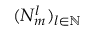
( N _ { m } ^ { l } ) _ { l \in \mathbb { N } }